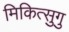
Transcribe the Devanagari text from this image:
मिकित्सुगु